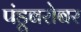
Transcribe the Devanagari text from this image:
पंडूबरोबर